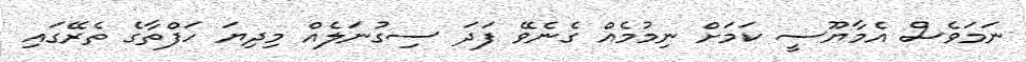
ނަމަވެސް އެމާޔޫސީ ކަމަށް ނިމުމެއް ގެނެވޭ ފަދަ ސިގުނަލެއް މިދިޔަ ހަފްތާގެ ތެރޭގައި